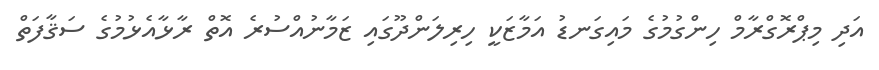
އަދި މިޕްރޮގްރާމް ހިންގުމުގެ މައިގަނޑު އަމާޒަކީ ހިރިލަންދޫގައި ޒަމާނުއްސުރެ އޮތް ރާޅާއެޅުމުގެ ސަޤާފަތް